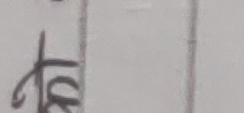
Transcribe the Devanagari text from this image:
टोक